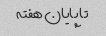
تا پایان هفته